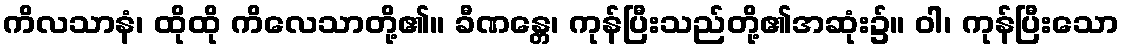
ကိလသာနံ၊ ထိုထို ကိလေသာတို့၏။ ခီဏန္တေ၊ ကုန်ပြီးသည်တို့၏အဆုံး၌။ ဝါ၊ ကုန်ပြီးသော